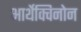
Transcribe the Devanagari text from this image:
आर्थेक्विनोन